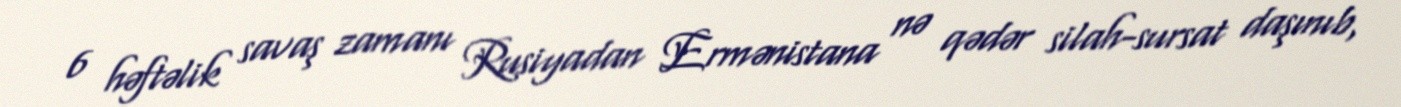
6 həftəlik savaş zamanı Rusiyadan Ermənistana nə qədər silah-sursat daşınıb,